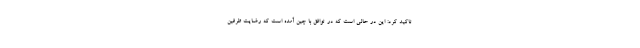
تاکید کرد: این در حالی است که در توافق با چین آمده است که رضایت طرفین